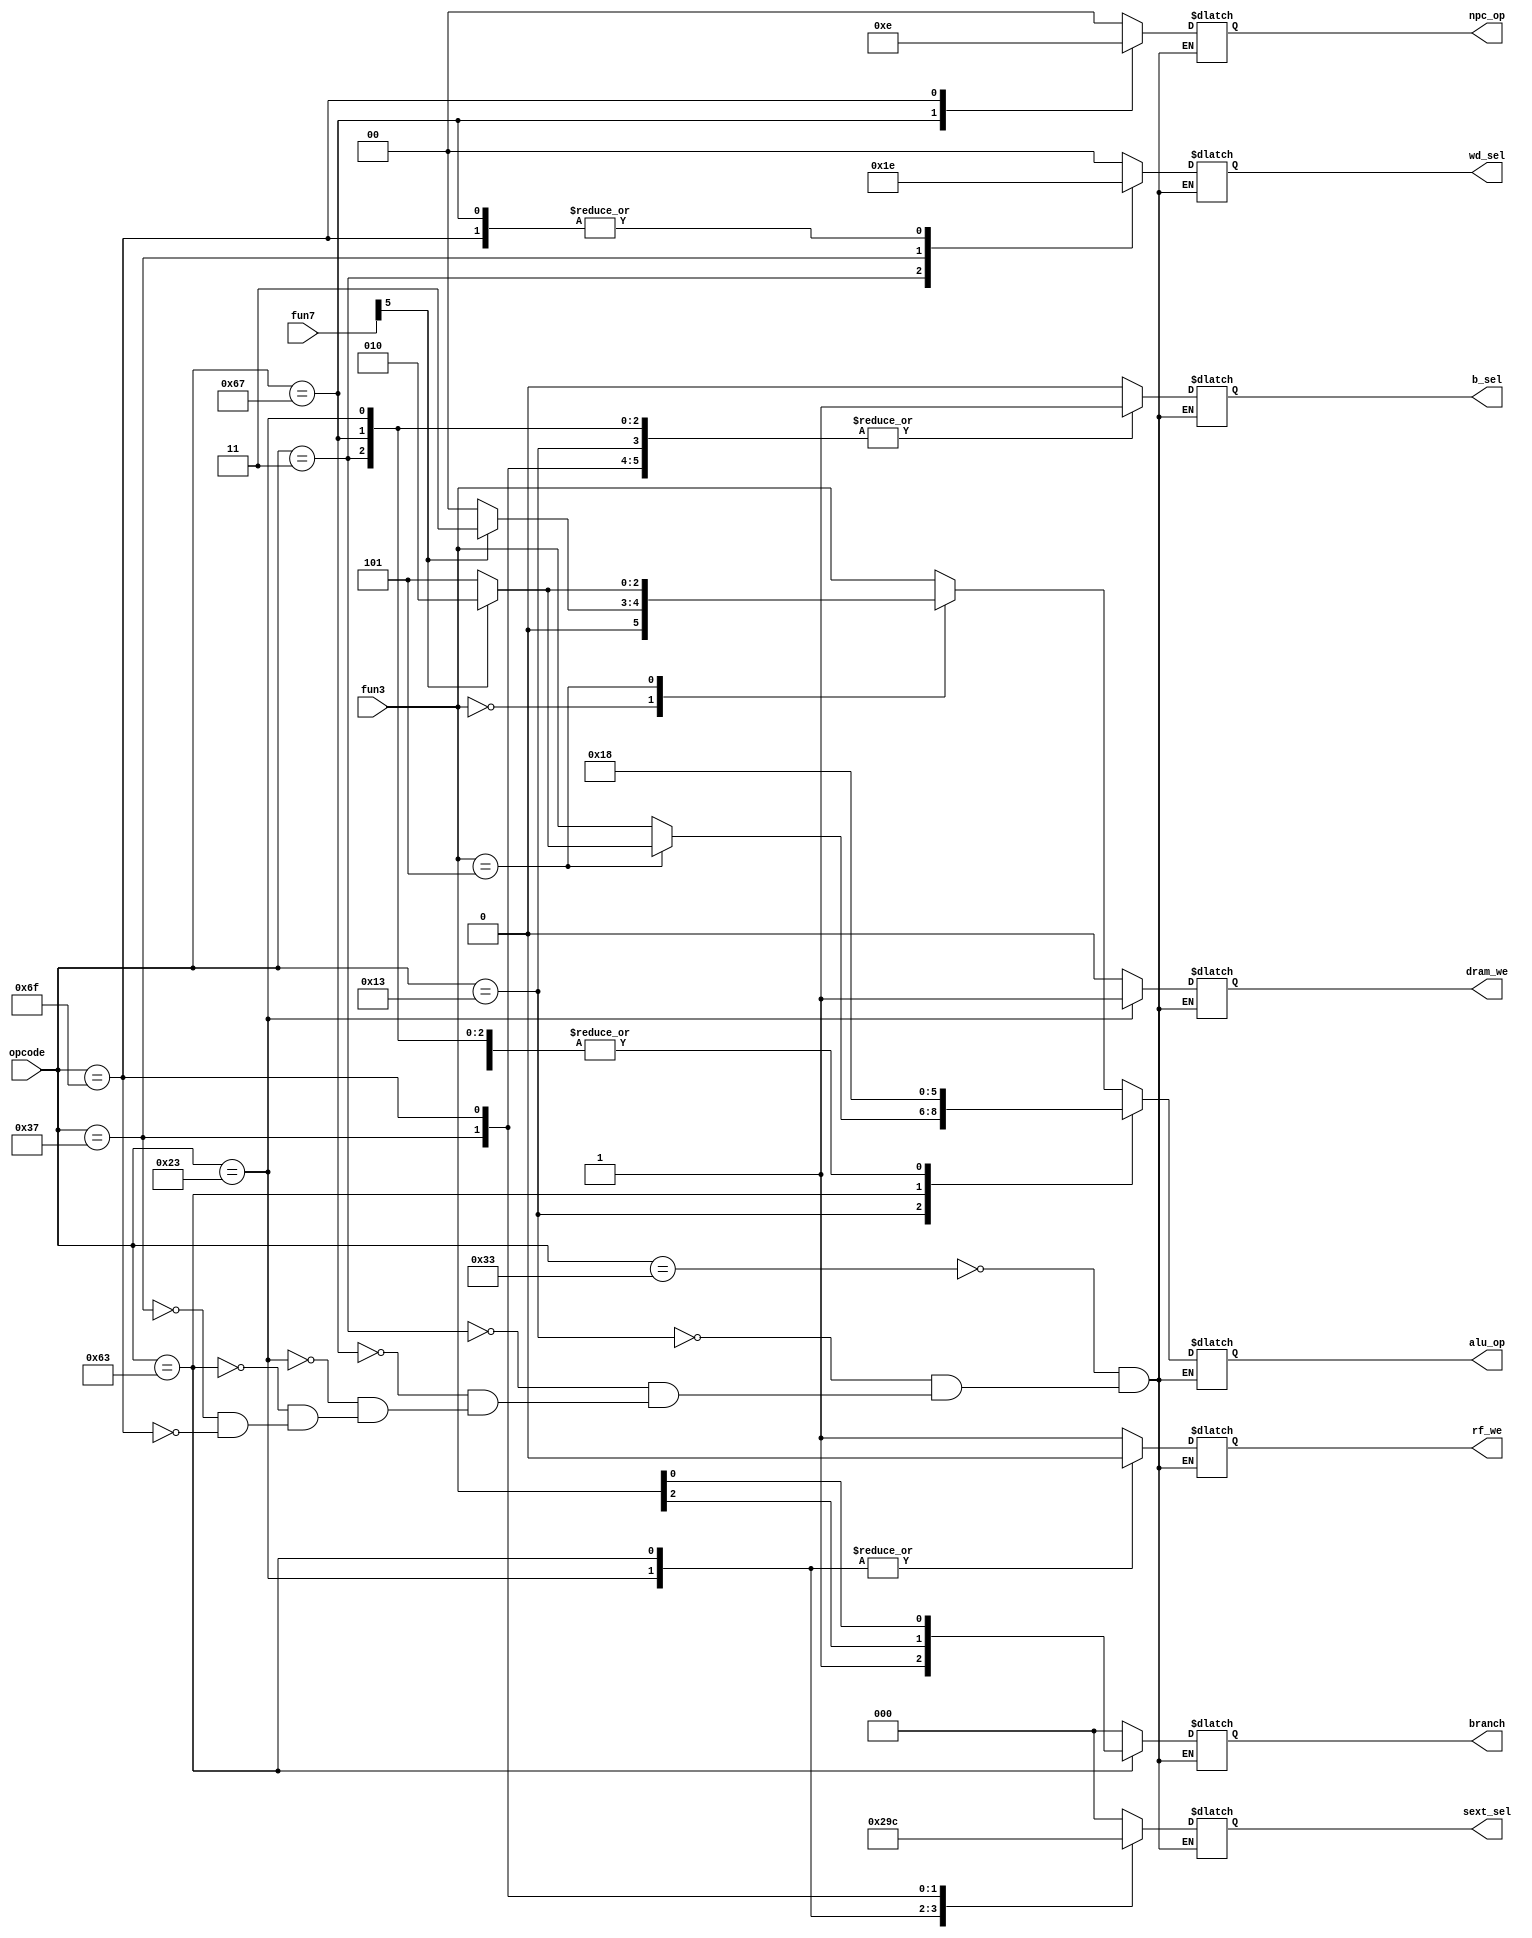
`timescale 1ns / 1ps

module control(
    input wire [6:0] opcode,
    input wire [2:0] fun3,
    input wire [6:0] fun7,
    output reg dram_we,
    output reg [2:0] branch,
    output reg b_sel,
    output reg [2:0] alu_op,
    output reg rf_we,
    output reg [1:0] wd_sel,
    output reg [2:0] sext_sel,
    output reg [1:0] npc_op
    );
    
    always @(*) begin
        case (opcode)
            //R
            7'b0110011:begin
                dram_we = 0;
                branch = 3'b000;
                b_sel = 0;
                rf_we = 1;
                wd_sel = 2'b00;
                sext_sel = 3'b000;
                npc_op = 2'b00;
                case (fun3)
                    3'b000:begin
                        case (fun7[5])
                            1'b1: alu_op = 3'b011;//sub
                            default: alu_op = 3'b000;//add
                        endcase
                    end
                    3'b101:begin
                        case (fun7[5])
                            1'b1: alu_op = 3'b010;//sra
                            default: alu_op = 3'b101;//srl
                        endcase
                    end
                    default: alu_op = fun3;
                endcase
            end
            //I
            7'b0010011:begin
                dram_we = 0;
                branch = 3'b000;
                b_sel = 1;
                rf_we = 1;
                wd_sel = 2'b00;
                sext_sel = 3'b000;
                npc_op = 2'b00;
                case (fun3) 
                    3'b101:begin
                        case (fun7[5])
                            1'b1: alu_op = 3'b010;//srai
                            default: alu_op = 3'b101;//srli
                        endcase
                    end
                    default: alu_op = fun3;
                endcase
            end
            //I:lw
            7'b0000011:begin
                dram_we = 0;
                branch = 3'b000;
                b_sel = 1;
                rf_we = 1;
                wd_sel = 2'b01;
                sext_sel = 3'b000;
                npc_op = 2'b00;
                alu_op = 3'b000;
            end
            //I:jalr
            7'b1100111:begin
                dram_we = 0;
                branch = 3'b000;
                b_sel = 1;
                rf_we = 1;
                wd_sel = 2'b10;
                sext_sel = 3'b000;
                npc_op = 2'b11;
                alu_op = 3'b000;
            end
            //S
            7'b0100011:begin
                dram_we = 1;
                branch = 3'b000;
                b_sel = 1;
                rf_we = 0;
                wd_sel = 2'b00;
                sext_sel = 3'b001;
                alu_op = 3'b000;//add
                npc_op = 2'b00;
            end
            //B
            7'b1100011:begin
                dram_we = 0;
                b_sel = 0;
                rf_we = 0;
                wd_sel = 2'b00;
                sext_sel = 3'b010;
                alu_op = 3'b011;//sub
                branch = {1'b1,fun3[2],fun3[0]};
                npc_op = 2'b00;
            end
            //U
            7'b0110111:begin
                dram_we = 0;
                b_sel = 1;
                rf_we = 1;
                wd_sel = 2'b11;
                sext_sel = 3'b011;
                alu_op = 3'b000;
                branch = 3'b000;
                npc_op = 2'b00;
            end
            //J
            7'b1101111:begin
                dram_we = 0;
                b_sel = 1;
                rf_we = 1;
                wd_sel = 2'b10;
                sext_sel = 3'b100;
                alu_op = 3'b000;//add
                branch = 3'b000;
                npc_op = 2'b10;
            end
        endcase
    end
endmodule